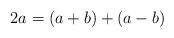
LaTeX: \begin{align*}2a = (a + b) + (a - b)\end{align*}